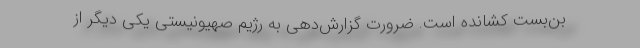
بن‌بست کشانده است. ضرورت گزارش‌دهی به رژیم صهیونیستی یکی دیگر از